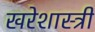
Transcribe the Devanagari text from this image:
खरेशास्त्री